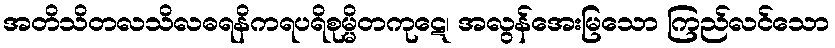
အတိသိတလသိလဓရနိကရပရိစုမ္မိတကုဋေ၊ အလွန်အေးမြသော ကြည်လင်သော